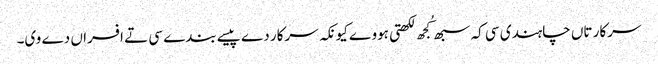
سرکار تاں چاہندی سی کہ سبھ کُجھ لکھتی ہووے کیونکہ سرکار دے پیسے بندے سی تے افسراں دے وی۔